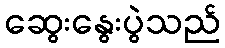
ဆွေးနွေးပွဲသည်